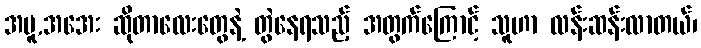
အပူ,အအေး ဆိုတာလေးတွေနဲ့ တွဲနေရသည့် အတွက်ကြောင့် သူဟာ လန်းဆန်းလာတယ်၊